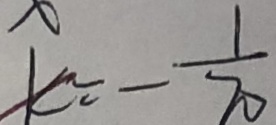
k = - \frac { 1 } { 2 0 }